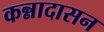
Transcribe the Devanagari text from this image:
कन्नादासन